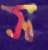
স